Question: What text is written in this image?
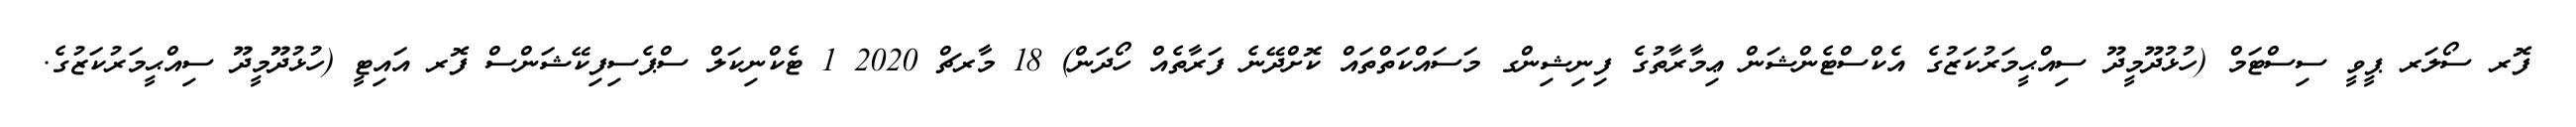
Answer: ފޮރ ސޯލަރ ޕީވީ ސިސްޓަމް (ހުޅުދޫމީދޫ ސިއްޙީމަރުކަޒުގެ އެކްސްޓެންޝަން ޢިމާރާތުގެ ފިނިޝިންގ މަސައްކަތްތައް ކޮށްދޭނެ ފަރާތެއް ހޯދަން) 18 މާރޗް 2020 1 ޓެކްނިކަލް ސްޕެސިފިކޭޝަންސް ފޮރ އައިޓީ (ހުޅުދޫމީދޫ ސިއްޙީމަރުކަޒުގެ.